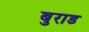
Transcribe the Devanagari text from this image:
बुराड